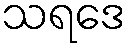
သရဒေ